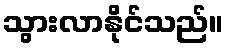
သွားလာနိုင်သည်။